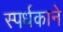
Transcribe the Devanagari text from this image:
स्पर्धकाने